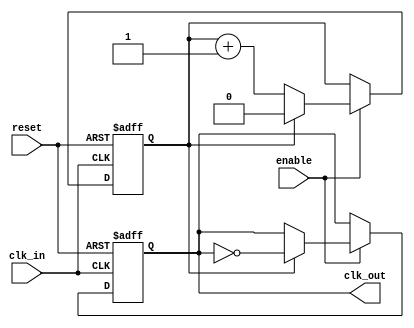
module clock_divider #(
    parameter N = 2  // Division factor (default is 2)
)(
    input wire clk_in,   // Input clock signal
    input wire reset,    // Asynchronous reset signal
    input wire enable,   // Enable signal for the clock divider
    output reg clk_out   // Output clock signal
);

    reg [$clog2(N)-1:0] counter; // Counter to keep track of clock cycles

    // Always block to handle the clock division
    always @(posedge clk_in or posedge reset) begin
        if (reset) begin
            counter <= 0;          // Reset the counter
            clk_out <= 0;         // Reset the output clock
        end else if (enable) begin
            if (counter == N-1) begin
                counter <= 0;      // Reset counter
                clk_out <= ~clk_out; // Toggle the output clock
            end else begin
                counter <= counter + 1; // Increment counter
            end
        end
    end

endmodule